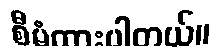
စီမံထားပါတယ်။